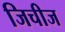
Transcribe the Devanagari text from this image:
जिचीज